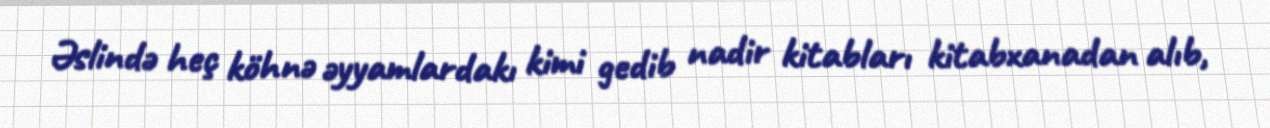
Əslində heç köhnə əyyamlardakı kimi gedib nadir kitabları kitabxanadan alıb,